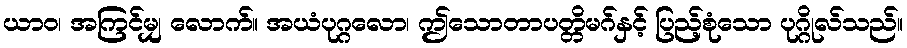
ယာဝ၊ အကြင်မျှ လောက်။ အယံပုဂ္ဂလော၊ ဤသောတာပတ္တိမဂ်နှင့် ပြည့်စုံသော ပုဂ္ဂိုလ်သည်။